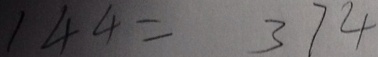
1 4 4 = 3 7 4